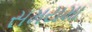
સમયમા